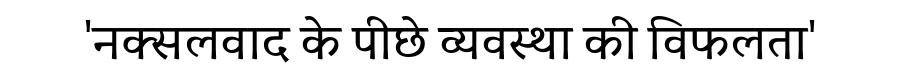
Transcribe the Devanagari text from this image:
'नक्सलवाद के पीछे व्यवस्था की विफलता'